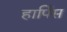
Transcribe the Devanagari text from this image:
हार्पिस